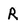
Character: R